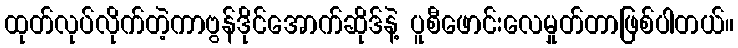
ထုတ်လုပ်လိုက်တဲ့ကာဗွန်ဒိုင်အောက်ဆိုဒ်နဲ့ ပူစီဖောင်းလေမှုတ်တာဖြစ်ပါတယ်။